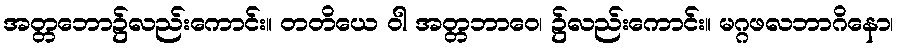
အတ္တဘော၌လည်းကောင်း။ တတိယေ ဝါ အတ္တဘာဝေ၊ ၌လည်းကောင်း။ မဂ္ဂဖလဘာဂိနော၊